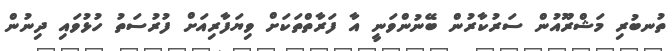
ތުނބުރި މަޝްރޫއުން ސަރުކާރުން ބޭނުންވަނީ އާ ފަރާތްތަކަށް ވިޔަފާރިއަށް ފުރުސަތު ހުޅުވައި ދިނުން